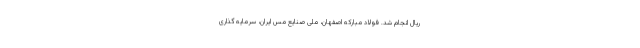
ریال انجام شد. فولاد مبارکه اصفهان، ملی صنایع مس ایران، سرمایه گذاری